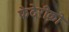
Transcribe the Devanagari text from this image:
फेदेरीक़ो